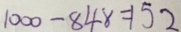
1 0 0 0 - 8 4 8 = 1 5 2